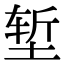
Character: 堑